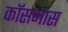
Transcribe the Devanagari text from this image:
कॉसमास